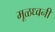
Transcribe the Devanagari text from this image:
मूळध्वनी